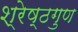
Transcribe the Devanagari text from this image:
श्रेष्ठगुण